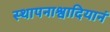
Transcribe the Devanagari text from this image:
स्थापनाश्वादियानं